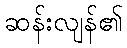
ဆန်းလျန်၏